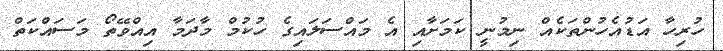
ހުރިހާ އަޑުއެހުންތަކެއް ނިމުނީ ކަމަށާއި އެ މައްސަލައިގެ ހުކުމް މާދަމާ އިއްވޭތޯ މަސައްކަތް